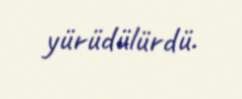
yürüdülürdü.